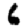
Digit: 6